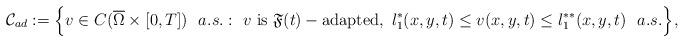
LaTeX: \begin{align*}\mathcal{C}_{ad}:=\Big\{ v\in C(\overline{\Omega}\times [0, T])~~a.s.: ~v~\textup{is}~\mathfrak{F}(t)-\textup{adapted},~ l^{*}_1(x,y,t)\leq v(x,y,t)\leq l^{**}_1(x,y,t)~~a.s.\Big\},\end{align*}